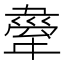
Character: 舝